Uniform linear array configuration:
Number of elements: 4
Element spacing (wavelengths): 0.25
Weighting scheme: blackman
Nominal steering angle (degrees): -60
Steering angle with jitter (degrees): -58.94
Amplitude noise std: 0.05
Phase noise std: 0.05

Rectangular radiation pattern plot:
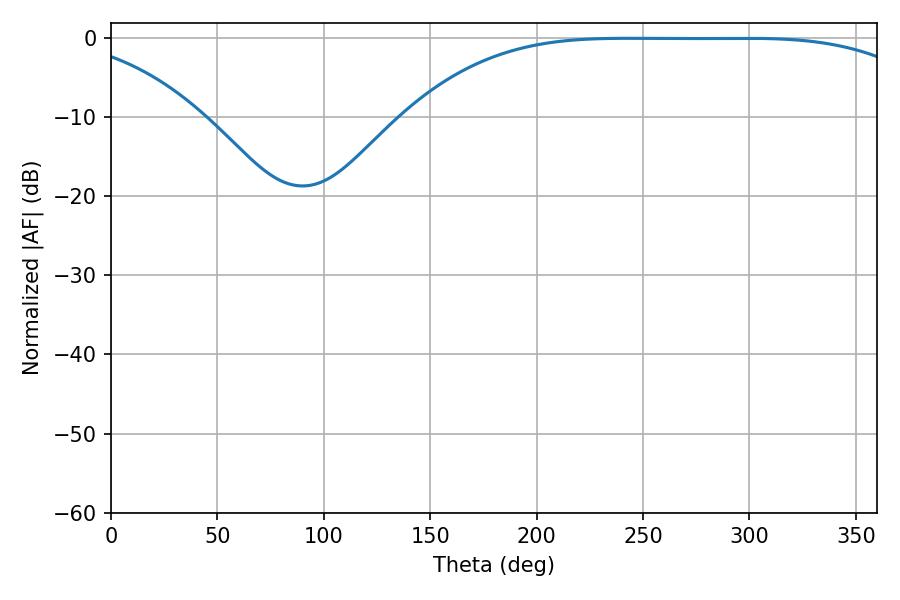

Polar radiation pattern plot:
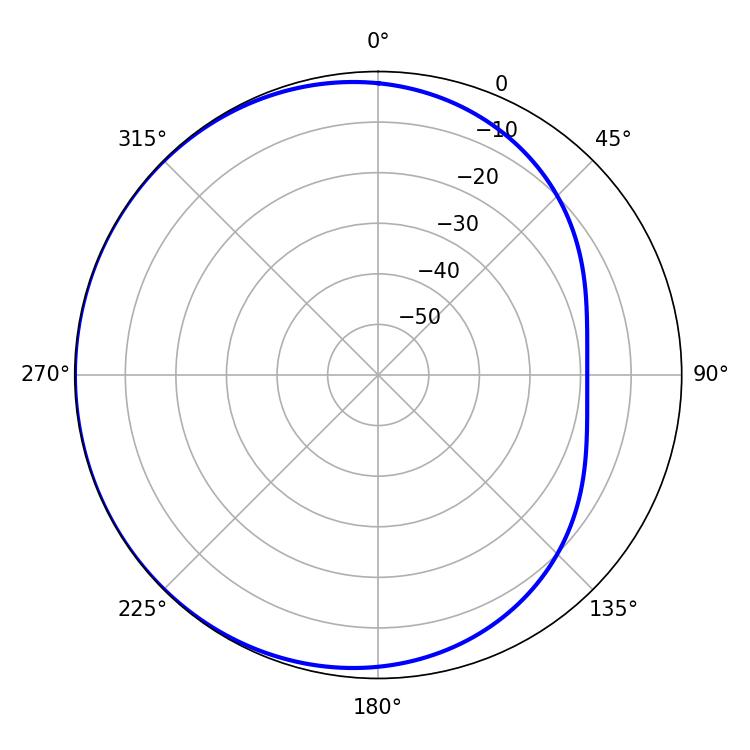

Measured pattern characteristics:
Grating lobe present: FALSE
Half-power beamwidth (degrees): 186.3
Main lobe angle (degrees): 243.18